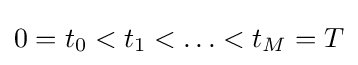
0=t_{0}<t_{1}<\ldots <t_{M}=T